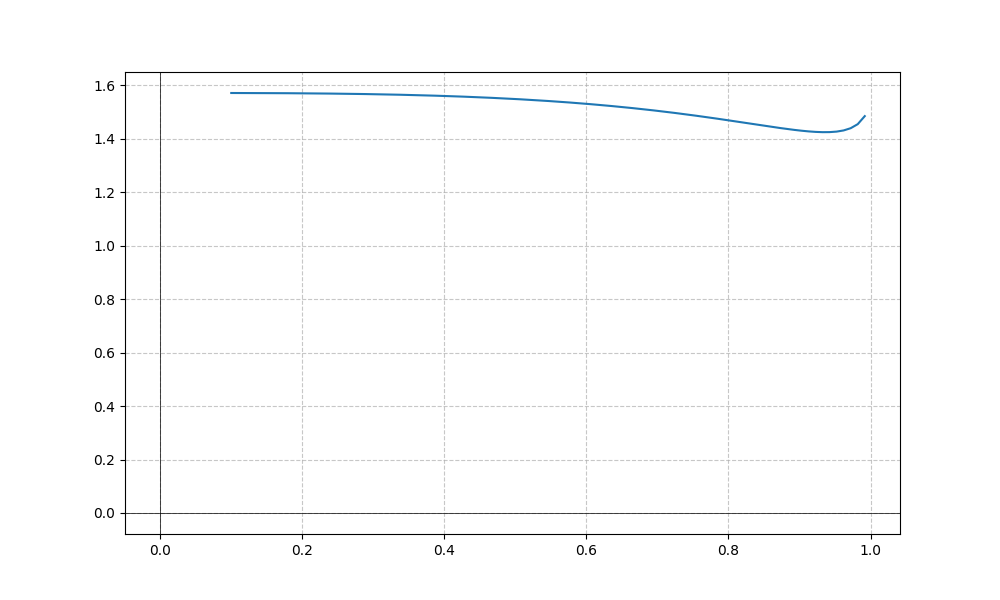
LaTeX formula: - \tan{\left(x \right)} + \operatorname{acos}{\left(- x \right)}